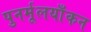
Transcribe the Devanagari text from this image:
पुनर्मूलयाँकन